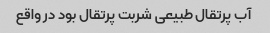
آب پرتقال طبیعی شربت پرتقال بود در واقع